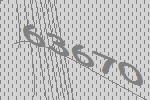
63670